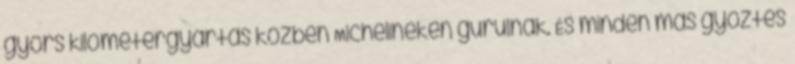
gyors kilométergyártás közben Michelineken gurulnak. És minden más győztes